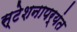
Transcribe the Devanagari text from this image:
स्टेशनापर्यंत